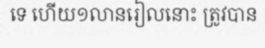
ទេ ហើយ១លានរៀលនោះ ត្រូវបាន